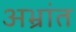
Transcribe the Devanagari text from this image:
अभ्रांत